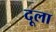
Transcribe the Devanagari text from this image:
दूला